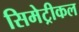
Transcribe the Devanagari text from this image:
सिमेट्रीकल